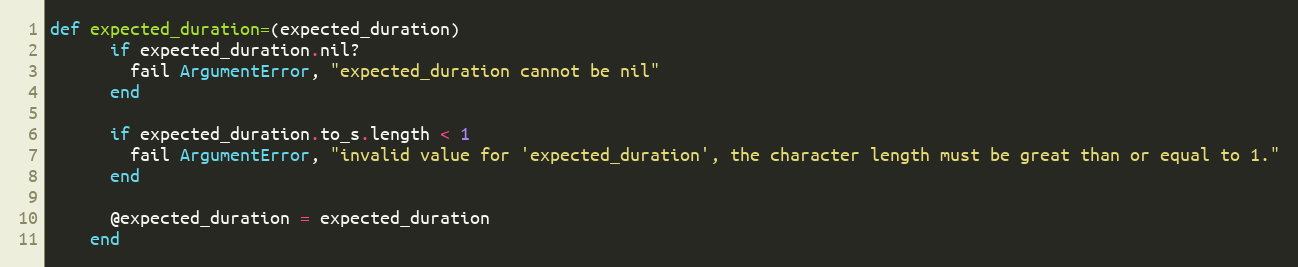
Language: Ruby
def expected_duration=(expected_duration)
      if expected_duration.nil?
        fail ArgumentError, "expected_duration cannot be nil"
      end

      if expected_duration.to_s.length < 1
        fail ArgumentError, "invalid value for 'expected_duration', the character length must be great than or equal to 1."
      end

      @expected_duration = expected_duration
    end